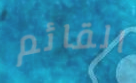
القائم